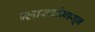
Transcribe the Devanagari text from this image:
ग्लासगोपासून